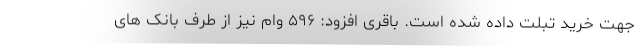
جهت خرید تبلت داده شده است. باقری افزود: ۵۹۶ وام نیز از طرف بانک های